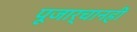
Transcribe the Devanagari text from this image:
पूजार्चानहीं